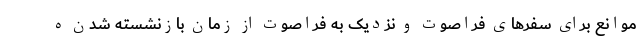
موانع برای سفرهای فراصوت و نزدیک به فراصوت از زمان بازنشسته شدن ه